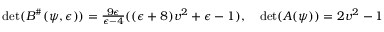
\begin{array} { r } { \operatorname* { d e t } ( B ^ { \# } ( \psi , \epsilon ) ) = \frac { 9 \epsilon } { \epsilon - 4 } ( ( \epsilon + 8 ) v ^ { 2 } + \epsilon - 1 ) , \quad \operatorname* { d e t } ( A ( \psi ) ) = 2 v ^ { 2 } - 1 } \end{array}